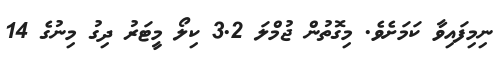
ނިމިފައިވާ ކަމަށެވެ. މިގޮތުން ޖުމްލަ 3.2 ކިލޯ މީޓަރު ދިގު މިނުގެ 14